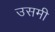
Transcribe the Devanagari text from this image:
उसमी